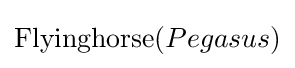
{\text{Flyinghorse}}(Pegasus)